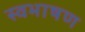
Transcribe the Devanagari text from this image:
स्वभाषण